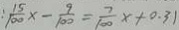
: \frac { 1 5 } { 1 0 0 } x - \frac { 9 } { 1 0 0 } = \frac { 7 } { 1 0 0 } x + 0 . 3 1